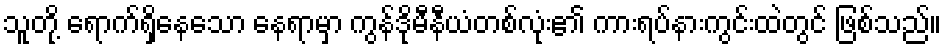
သူတို့ ရောက်ရှိနေသော နေရာမှာ ကွန်ဒိုမီနီယံတစ်လုံး၏ ကားရပ်နားကွင်းထဲတွင် ဖြစ်သည်။